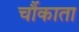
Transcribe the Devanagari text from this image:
चौंकाता